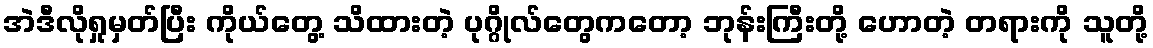
အဲဒီလိုရှုမှတ်ပြီး ကိုယ်တွေ့ သိထားတဲ့ ပုဂ္ဂိုလ်တွေကတော့ ဘုန်းကြီးတို့ ဟောတဲ့ တရားကို သူတို့